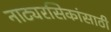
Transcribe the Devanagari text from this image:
नाट्यरसिकांसाठी